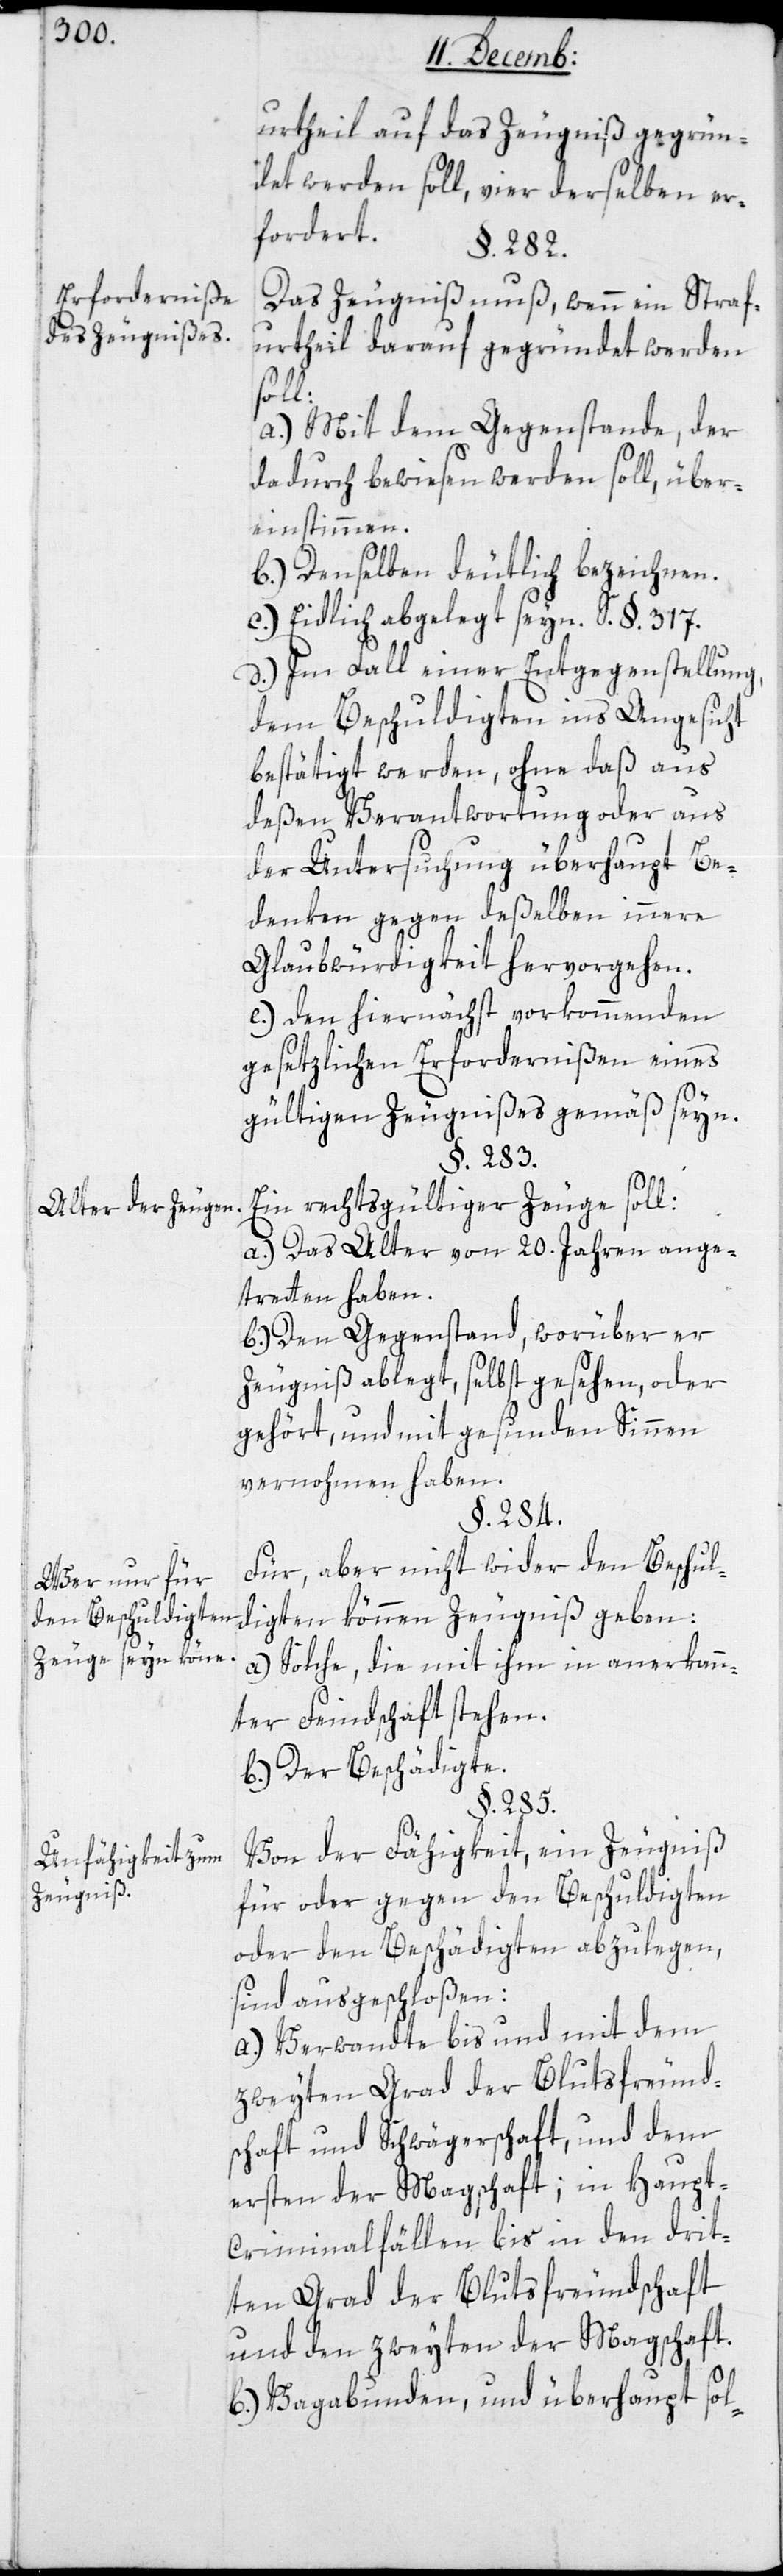
Erforderniße
des Zeugnißes.
Alter der Zeugen.
Wer nur für
den Beschuldigten
Zeuge seyn könne.
Anfähigkeit zum
Zeugniß

urtheil auf das Zeugniß gegrün¬
det werden soll, vier derselben er¬
fordert.
§. 282.
Das Zeugniß muß, wenn ein Straf¬
urtheil darauf gegründet werden
soll:
a.) Mit dem Gegenstande, der
dadurch bewiesen werden soll, über¬
einstimmen.
b.) Denselben deutlich bezeichnen.
c.) Eidlich abgelegt seyn. Siehe §. 317.
d.) Im Fall einer Entgegenstellung,
dem Beschuldigten ins Angesicht
bestätigt werden, ohne daß aus
deßen Verantwortung oder aus
der Untersuchung überhaupt Be¬
denken gegen deßelben innere
Glaubwürdigkeit hervorgehen.
e.) Den hiernächst vorkommenden
gesetzlichen Erfordernißen eines
gültigen Zeugnißes gemäß seyn.
§. 283.
Ein rechtgültiger Zeuge soll:
a.) Das Alter von 20 Jahren ange¬
treten haben.
b.) Den Gegenstand, worüber er
Zeugniß ablegt, selbst gesehen oder
gehört, und mit gesunden Sinnen
vernommen haben.
§. 284.
Für, aber nicht wider den Beschul¬
digten können Zeugniß geben:
a.) Solche, die mit ihm in anerkann¬
ter Feindschaft stehen.
b.) Der Beschädigte.
§. 285.
Von der Fähigkeit, ein Zeugniß
für oder gegen den Beschuldigten
oder den Beschädigten abzulegen,
sind ausgeschloßen:
a.) Verwandte bis und mit dem
zweyten Grad der Blutsfreund¬
schaft und Schwägerschaft, und dem
ersten der Magschaft; in Haupt-C¬
riminalfällen bis in den drit¬
ten Grad der Blutsfreundschaft
und den zweyten der Magschaft.
b.) Vagabunden, und überhaupt sol-